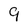
Character: 9